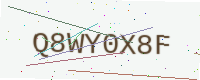
Text: Q8WY0X8F